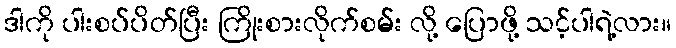
ဒါကို ပါးစပ်ပိတ်ပြီး ကြိုးစားလိုက်စမ်း လို့ ပြောဖို့ သင့်ပါရဲ့လား။